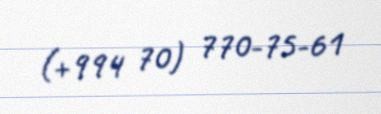
(+994 70) 770-75-61